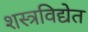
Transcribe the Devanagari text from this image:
शस्त्रविद्येत